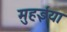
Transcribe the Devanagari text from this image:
मुहईया